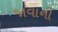
જાવાની